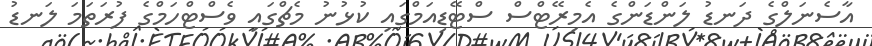
އާސެނަލްގެ ދަނޑު ލަންޑަންގެ އެމިރޭޓްސް ސްޓޭޑިއަމްގައި ކުޅުނު މެޗްގައި ވެސްޓްހަމްގެ ފުރަތަމަ ލަނޑު